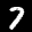
Label: 7